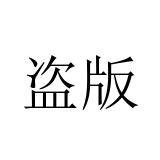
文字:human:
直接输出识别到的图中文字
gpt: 盗版